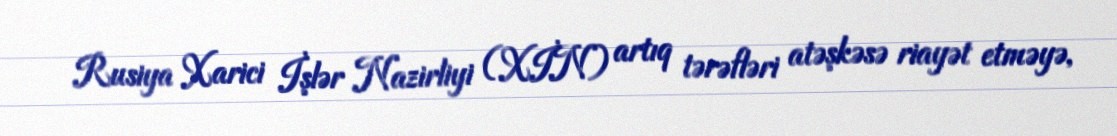
Rusiya Xarici İşlər Nazirliyi (XİN) artıq tərəfləri atəşkəsə riayət etməyə,